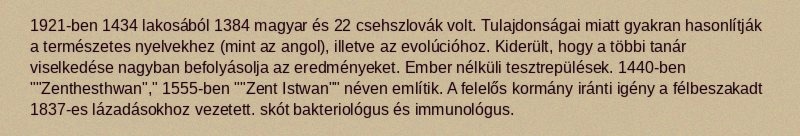
1921-ben 1434 lakosából 1384 magyar és 22 csehszlovák volt. Tulajdonságai miatt gyakran hasonlítják a természetes nyelvekhez (mint az angol), illetve az evolúcióhoz. Kiderült, hogy a többi tanár viselkedése nagyban befolyásolja az eredményeket. Ember nélküli tesztrepülések. 1440-ben ""Zenthesthwan"," 1555-ben ""Zent Istwan"" néven említik. A felelős kormány iránti igény a félbeszakadt 1837-es lázadásokhoz vezetett. skót bakteriológus és immunológus.